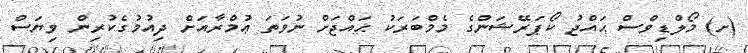
(ށ) މޯލްޑިވްސް ޙައްޖު ކޯޕަރޭޝަންގެ މެމްބަރަކު ޙައްޖަށް ނުވަތަ ޢުމްރާއަށް ދިއުމުގެކުރިން ވިޔަސް